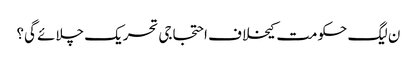
ن لیگ حکومت کیخلاف احتجاجی تحریک چلائے گی؟